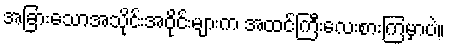
အခြားသောအသိုင်းအဝိုင်းများက အထင်ကြီးလေးစားကြမှာပဲ။